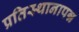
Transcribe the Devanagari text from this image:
प्रतिस्थानापन्न